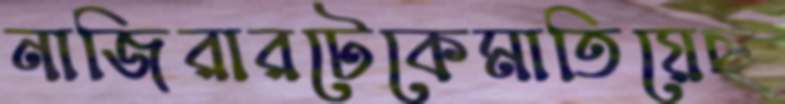
নাজিরারটেকেমাতিয়েছ